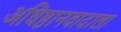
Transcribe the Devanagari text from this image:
अधिष्ठानवादाला